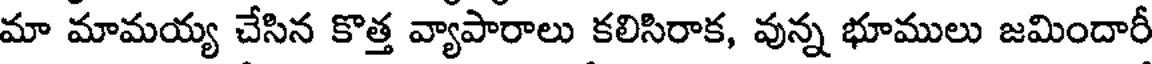
మా మామయ్య చేసిన కొత్త వ్యాపారాలు కలిసిరాక, వున్న భూములు జమిందారీ